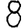
Digit: 8